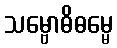
သမ္ဗောဓိဓမ္မေ